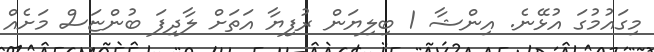
މިގައުމުގަ އުޅޭނެ. އިންޝާ 1 ބިލިޔަން ރުފިޔާ އަތަށް ލާދިފަ ބުންޏަސް މަށެއް